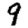
Digit: 9